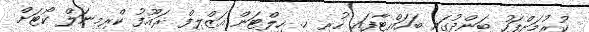
ކުރުމަށްފަހު ބަންދުގައި ބަހައްޓާފައި ހުރި ހ. ހިލްޓަން އަޒްލިފް ރައޫފު ކްރިމިނަލް ކޯޓަށް